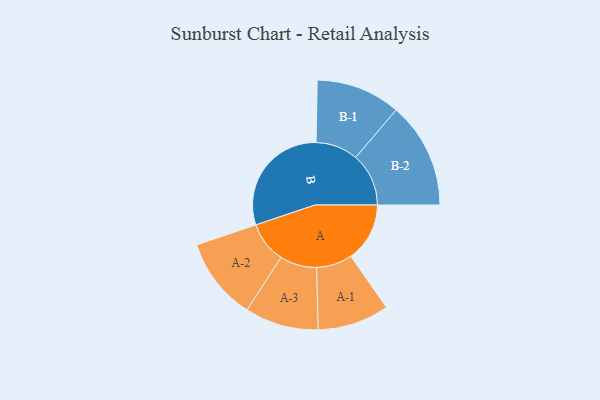
{"axis": {"x": "Segment", "y": "Value"}, "legend": ["", "A", "B"], "data": [{"x": "A", "y": 219, "type": ""}, {"x": "B", "y": 436, "type": ""}, {"x": "A-1", "y": 133, "type": "A"}, {"x": "A-2", "y": 153, "type": "A"}, {"x": "A-3", "y": 137, "type": "A"}, {"x": "B-1", "y": 157, "type": "B"}, {"x": "B-2", "y": 197, "type": "B"}]}